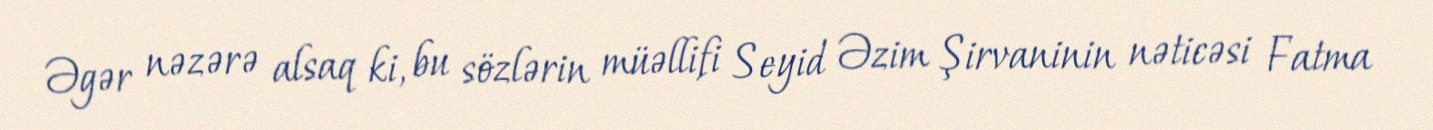
Əgər nəzərə alsaq ki, bu sözlərin müəllifi Seyid Əzim Şirvaninin nəticəsi Fatma